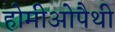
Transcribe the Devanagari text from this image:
होमीओपैथी